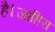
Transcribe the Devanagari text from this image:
है।जाहिरा